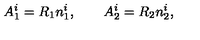
A _ { 1 } ^ { i } = R _ { 1 } n _ { 1 } ^ { i } , \qquad A _ { 2 } ^ { i } = R _ { 2 } n _ { 2 } ^ { i } ,